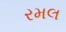
રમલ